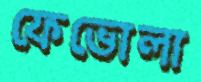
ফেভোলা